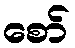
စော်